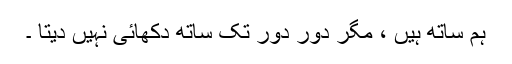
ہم ساتھ ہیں ، مگر دور دور تک ساتھ دکھائی نہیں دیتا ۔